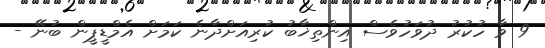
9 ވާ ހުކުރު ދުވަހުވެސް އިންތިޚާބު ކުރިއަށްދާނެ ކަމަށް އެމްޑީޕީން ބުނޭ -